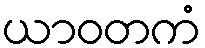
ယာဝတကံ